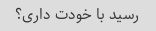
رسید با خودت داری؟